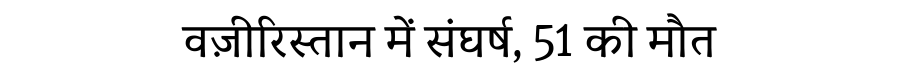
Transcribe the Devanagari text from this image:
वज़ीरिस्तान में संघर्ष, 51 की मौत